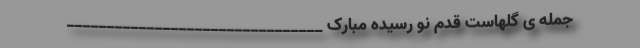
جمله ی گلهاست قدم نو رسیده مبارک ________________________________